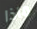
ماذا